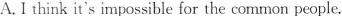
A. I think it's impossible for the common people.